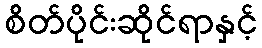
စိတ်ပိုင်းဆိုင်ရာနှင့်